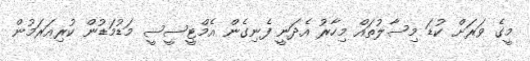
މީގެ ވަރަށް ކުޑަ މިސާލުތައް މިހާރު އެދަނީ ފެނިގެން އެމްޓީސީސީ މަޑުމަޑުން ކުރިއަރަމުން